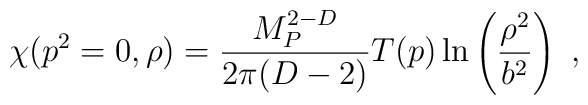
\chi(p^2=0,\rho)={M_P^{2-D}\over 2\pi(D-2)} T(p)\ln\left({\rho^2\over b^2} \right)~,